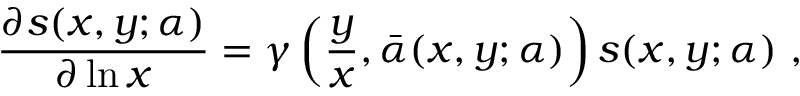
\frac { \partial s ( x , y ; \alpha ) } { \partial \ln x } = \gamma \left( \frac { y } { x } , \bar { \alpha } ( x , y ; \alpha ) \right) s ( x , y ; \alpha ) ~ ,